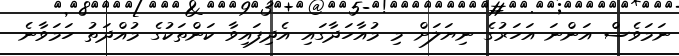
ނަމަވެސް އަންނަ އަހަރުގެ ނިޔަލަށް މި މުއާހަދާގައި އެދިފައިވާ ކަންތަކުގެ މުއްދަތު ހަމަވާނެ